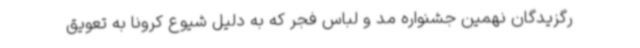
رگزیدگان نهمین جشنواره مد و لباس فجر که به دلیل شیوع کرونا به تعویق